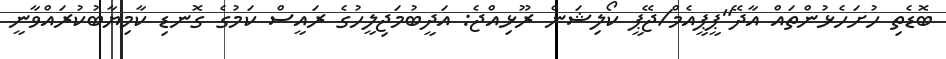
ބޮޑެތި ހުށަހެޅުންތައް އާދޭ"ޕީޕީއެމް/ޖޭޕީ ކޯލިޝަން ރޫޅިއްޖެ: އަދީބުމަޖިލީހުގެ ރައީސް ކަމުގެ ގޮނޑި ކާމިޔާބުކުރައްވާނީ